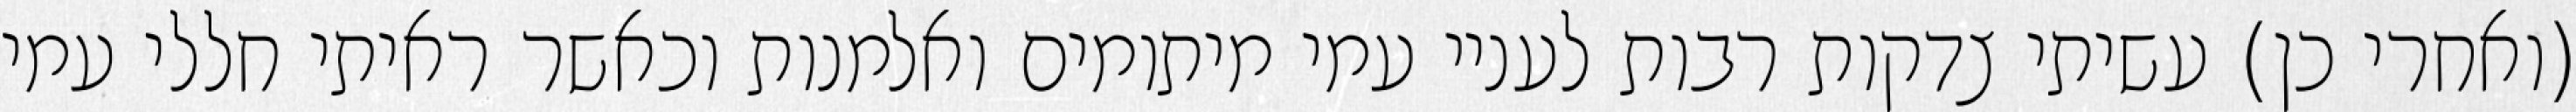
(ואחרי כן) עשיתי צדקות רבות לעניי עמי מיתומים ואלמנות וכאשר ראיתי חללי עמי